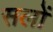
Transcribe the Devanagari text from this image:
सलों